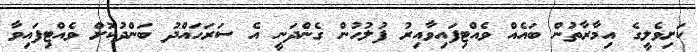
ކަށިވެލީގެ އިމާރާތުން ބައެއް ވެއްޓިފައިވާއިރު ފުލުހުން ގެންދަނީ އެ ސަރަހައްދު ބަންދުކޮށް ވެއްޓިފައިވާ